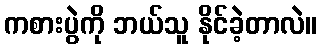
ကစားပွဲကို ဘယ်သူ နိုင်ခဲ့တာလဲ။